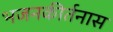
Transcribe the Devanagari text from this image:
भजनकीर्तनास